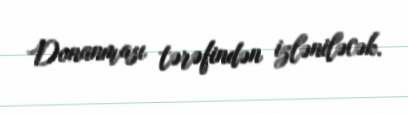
Donanması tərəfindən izləniləcək.